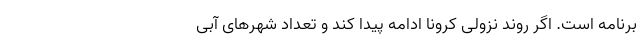
برنامه است. اگر روند نزولی‌ کرونا ادامه پیدا کند و تعداد شهرهای آبی